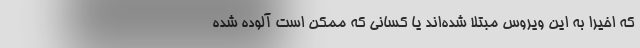
که اخیرا به این ویروس مبتلا شده‌اند یا کسانی که ممکن است آلوده شده